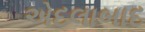
એદલાબાદ